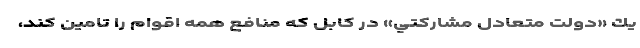
يك «دولت متعادل مشاركتي» در كابل كه منافع همه اقوام را تامين كند،